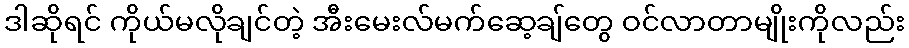
ဒါဆိုရင် ကိုယ်မလိုချင်တဲ့ အီးမေးလ်မက်ဆေ့ချ်တွေ ဝင်လာတာမျိုးကိုလည်း